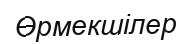
Өрмекшілер